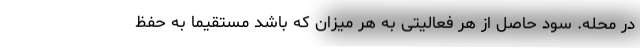
در محله. سود حاصل از هر فعالیتی به هر میزان که باشد مستقیما به حفظ